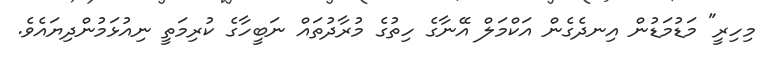
މިހިރީ" މަޑުމަޑުން އިނދެގެން އަކްމަލް އޭނާގެ ހިތުގެ މުރާދުތައް ނަބީހާގެ ކުރިމަތީ ނިއުޅަމުންދިޔައެވެ.